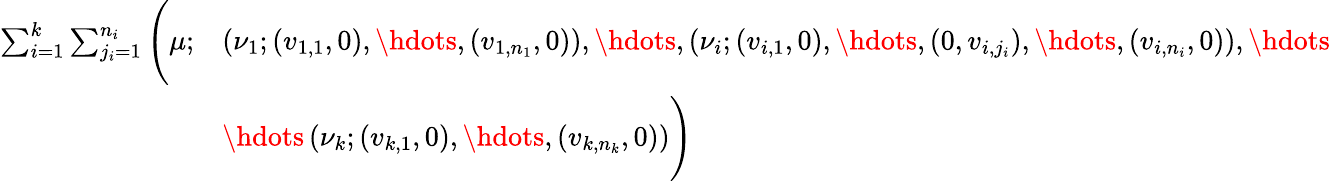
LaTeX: \begin{array}{rl}{\sum_{i=1}^{k}\sum_{j_{i}=1}^{n_{i}}\Bigg(\mu;}&{\left(\nu_{1};(v_{1,1},0),\hdots,(v_{1,n_{1}},0)\right),\hdots,\left(\nu_{i};(v_{i,1},0),\hdots,(0,v_{i,j_{i}}),\hdots,(v_{i,n_{i}},0)\right),\hdots}\\ &{\hdots\left(\nu_{k};(v_{k,1},0),\hdots,(v_{k,n_{k}},0)\right)\Bigg)}\end{array}